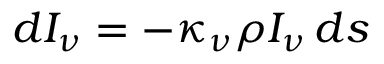
d I _ { \nu } = - \kappa _ { \nu } \rho I _ { \nu } \, d s